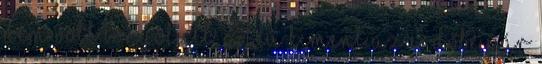
nem volt bonyolult. A fiú kiment az erdőbe pár